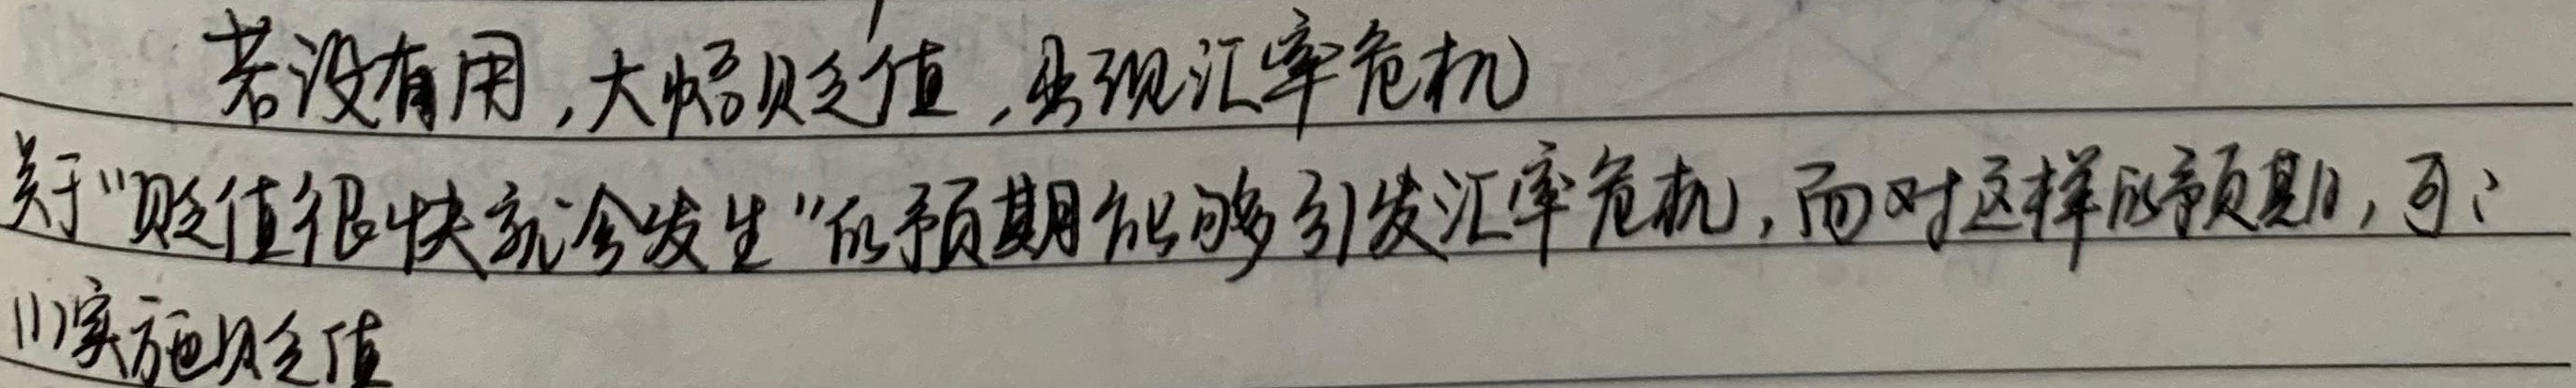
若没有用，大幅贬值，出现汇率危机。关于“贬值很快就会发生”的预期能够引发汇率危机，面对这样的预期，可：(1)实施贬值